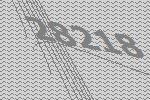
28218